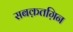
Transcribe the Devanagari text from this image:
सबक़तग़िन